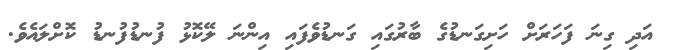
އަދި ގިނަ ފަހަރަށް ހަށިގަނޑުގެ ބާރުގައި ގަނޑުވެފައި އިންނަ ލޭކޮޅު ފުނޑުފުނޑު ކޮށްލައެވެ.